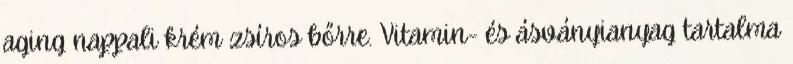
aging nappali krém zsíros bőrre. Vitamin- és ásványianyag tartalma